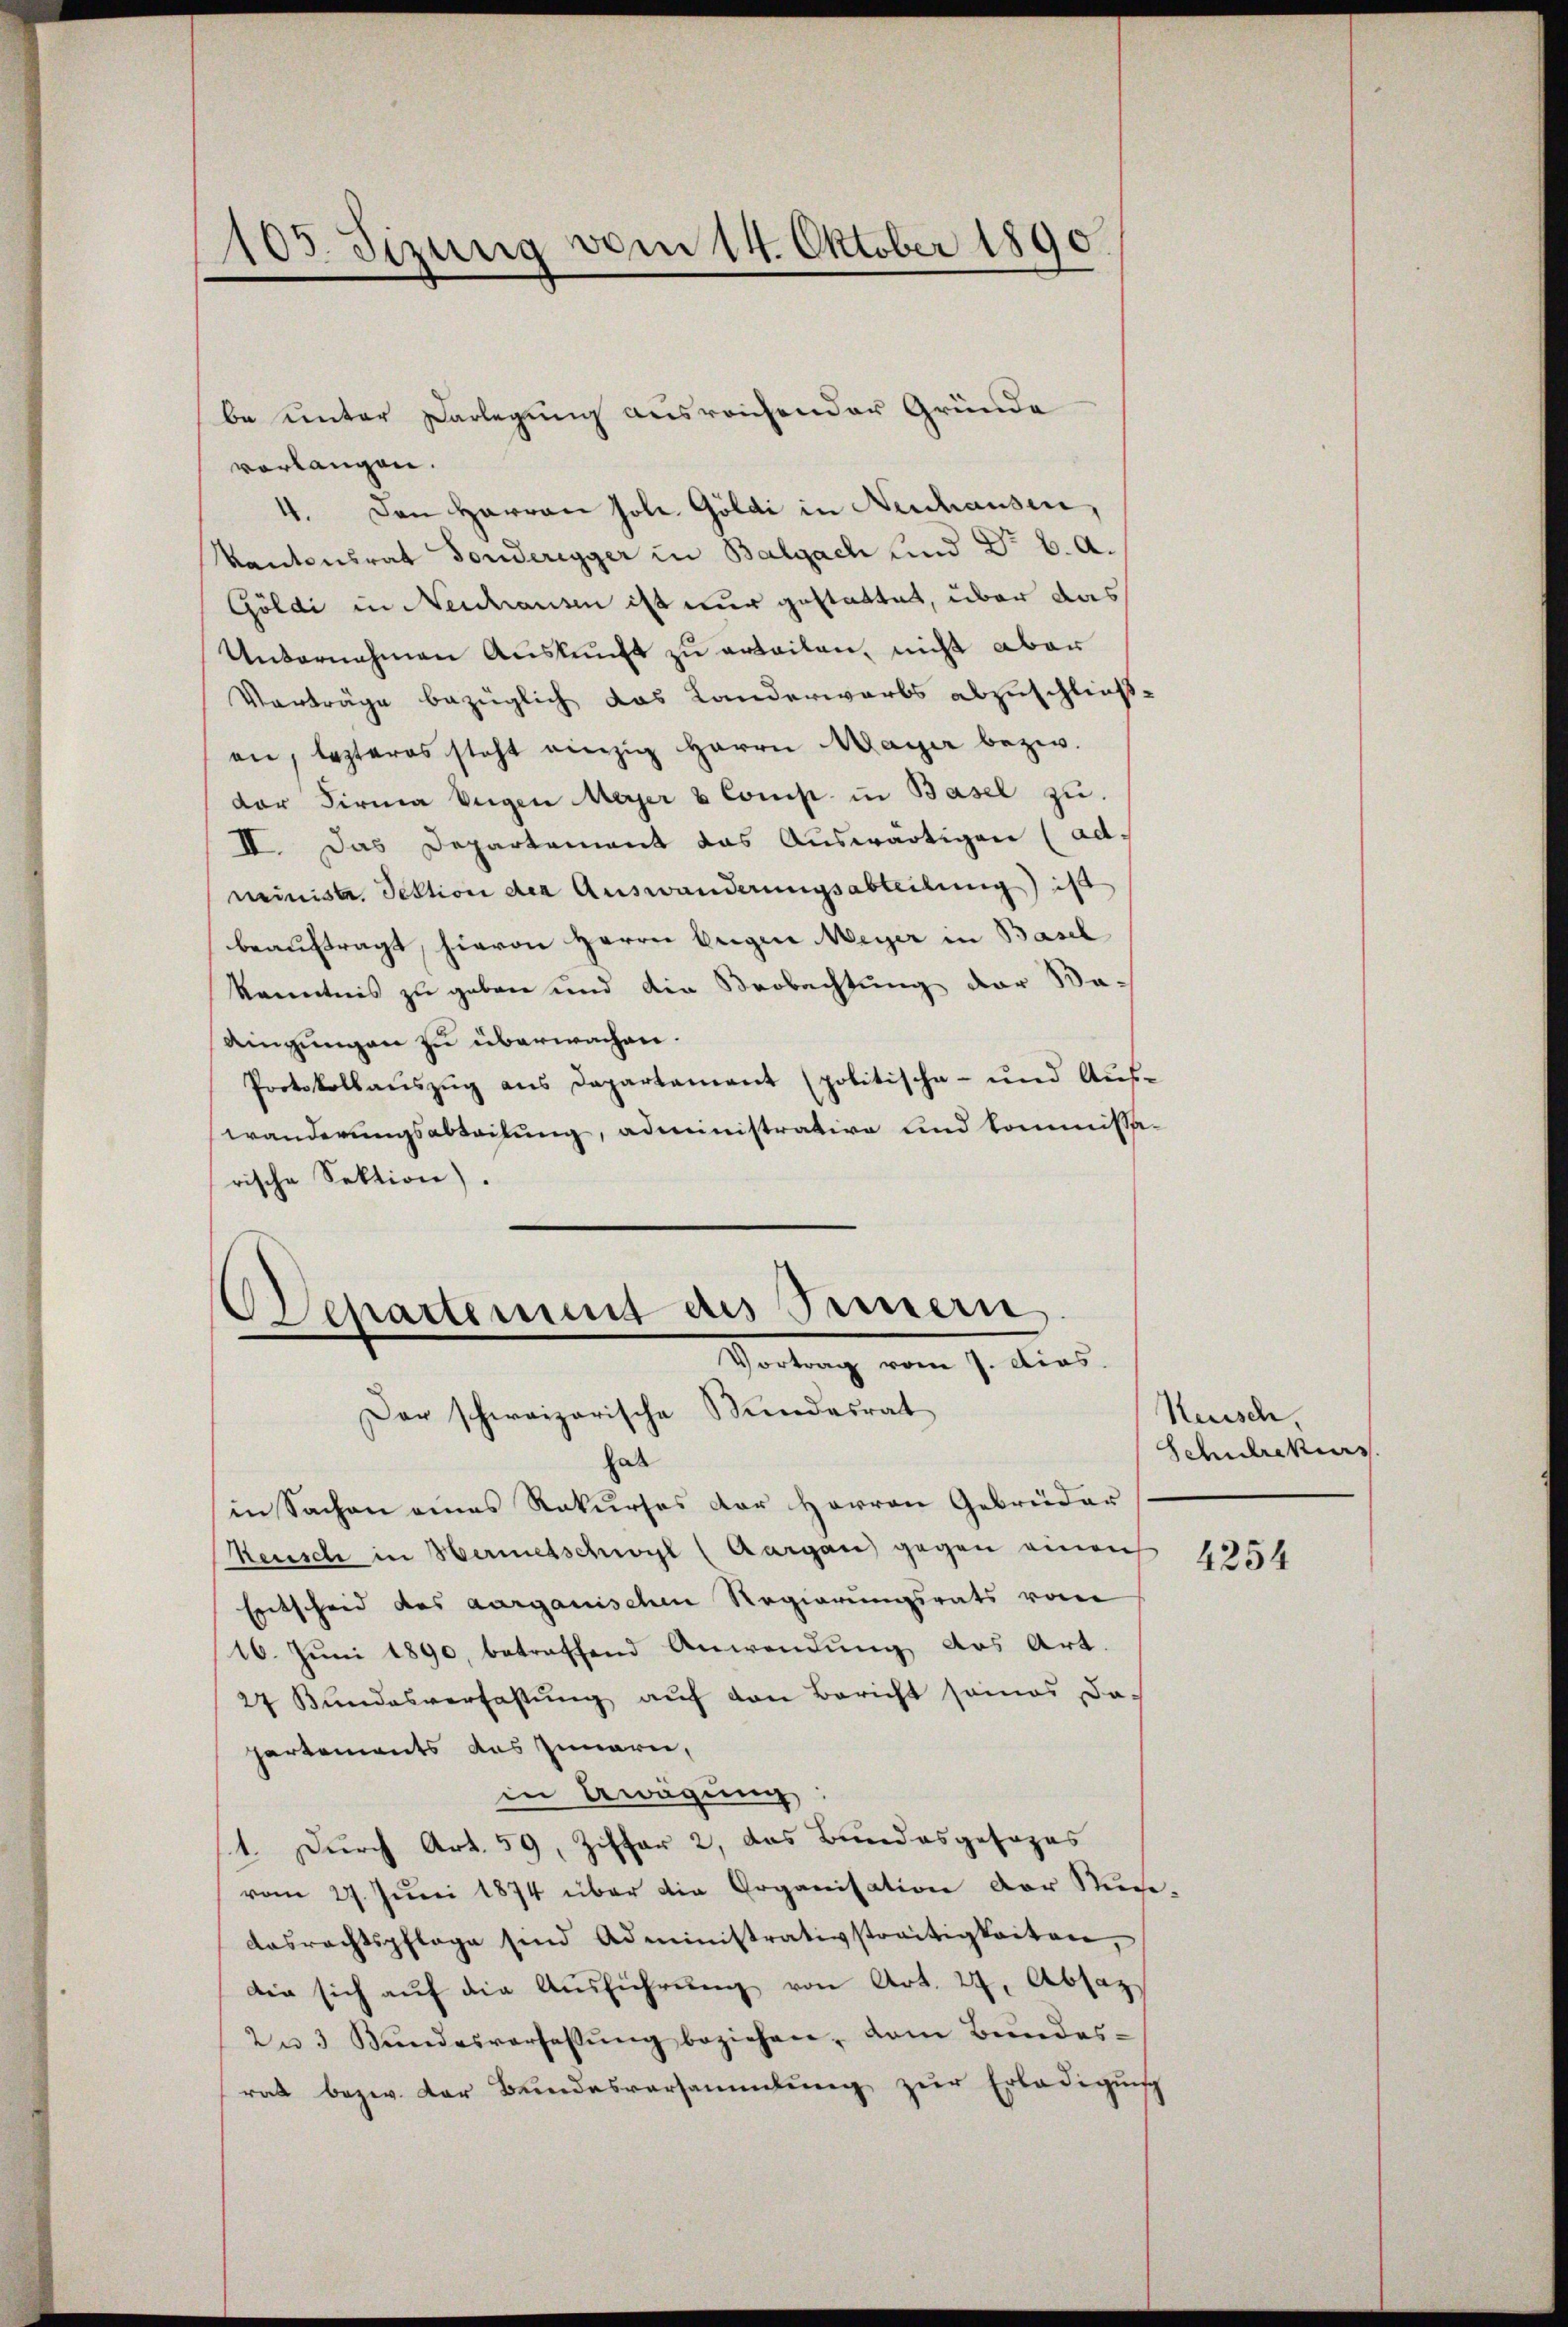
105. Sizung vom 14. Oktober 1890
e

be unter Darlegung ausreichender Gründe
vorlangen.
4. Den Harron Jole. Goldi in Neuhausen,
Kantonsrat Fonderegger in Balgach und Dr. 6. A.
Göldi in Neuhausen ist nur gestattet, über das
Unternehmen Auskunft zu erteilen, nicht aber
Vorträge bezüglich das Landerwerbs abzuschließen, lezteres steht einzig Herrn Mayer bezw.
der Firma Eugen Meyer & Comp. in Basel zu
II. Das Departement das Auswärtigen (administe Sektion der Auswanderungsabteilung) ist
beauftragt, hievon Herrn Eugen Meyer in Basel
kenntnis zu geben und die Beobachtung der Ma-
dingungen zu überwachen.
Protokollauszug aus Departement (politische- und Auswanderungsabteilung, administrative und Commissarische Sektion).

Departement des Innern,
Vortrag vom 7. dies
Der schweizerische Kundesrat

hat
in Sachen eines Rekurses der Herren Gebrüder
Keusch in Hermetschwyl (Aargau) gegen einen
Entscheid des aargauischen Regierungsrats vom
16. Juni 1890, betreffend Anwendung des Art.
27 Bŭndesverfassŭng aŭf den Bericht seines Da
partements das Innern,
in Awägung:
1. Durch Art. 59, Ziffer 2, das Bundesgesezes
vom 27. Juni 1874 über die Organisation der Sichedasrechtspflege sind Administrativstreitigkeiten,
die sich aŭf die Aŭsführŭng von Art. 27, Absaz
2 u 3 Bŭndesverfassŭng beziehen, dem Bŭndes-
rat bezw. Der Bundesversammlung zur Erledigung

Kuisch
Schulrekurs

4254